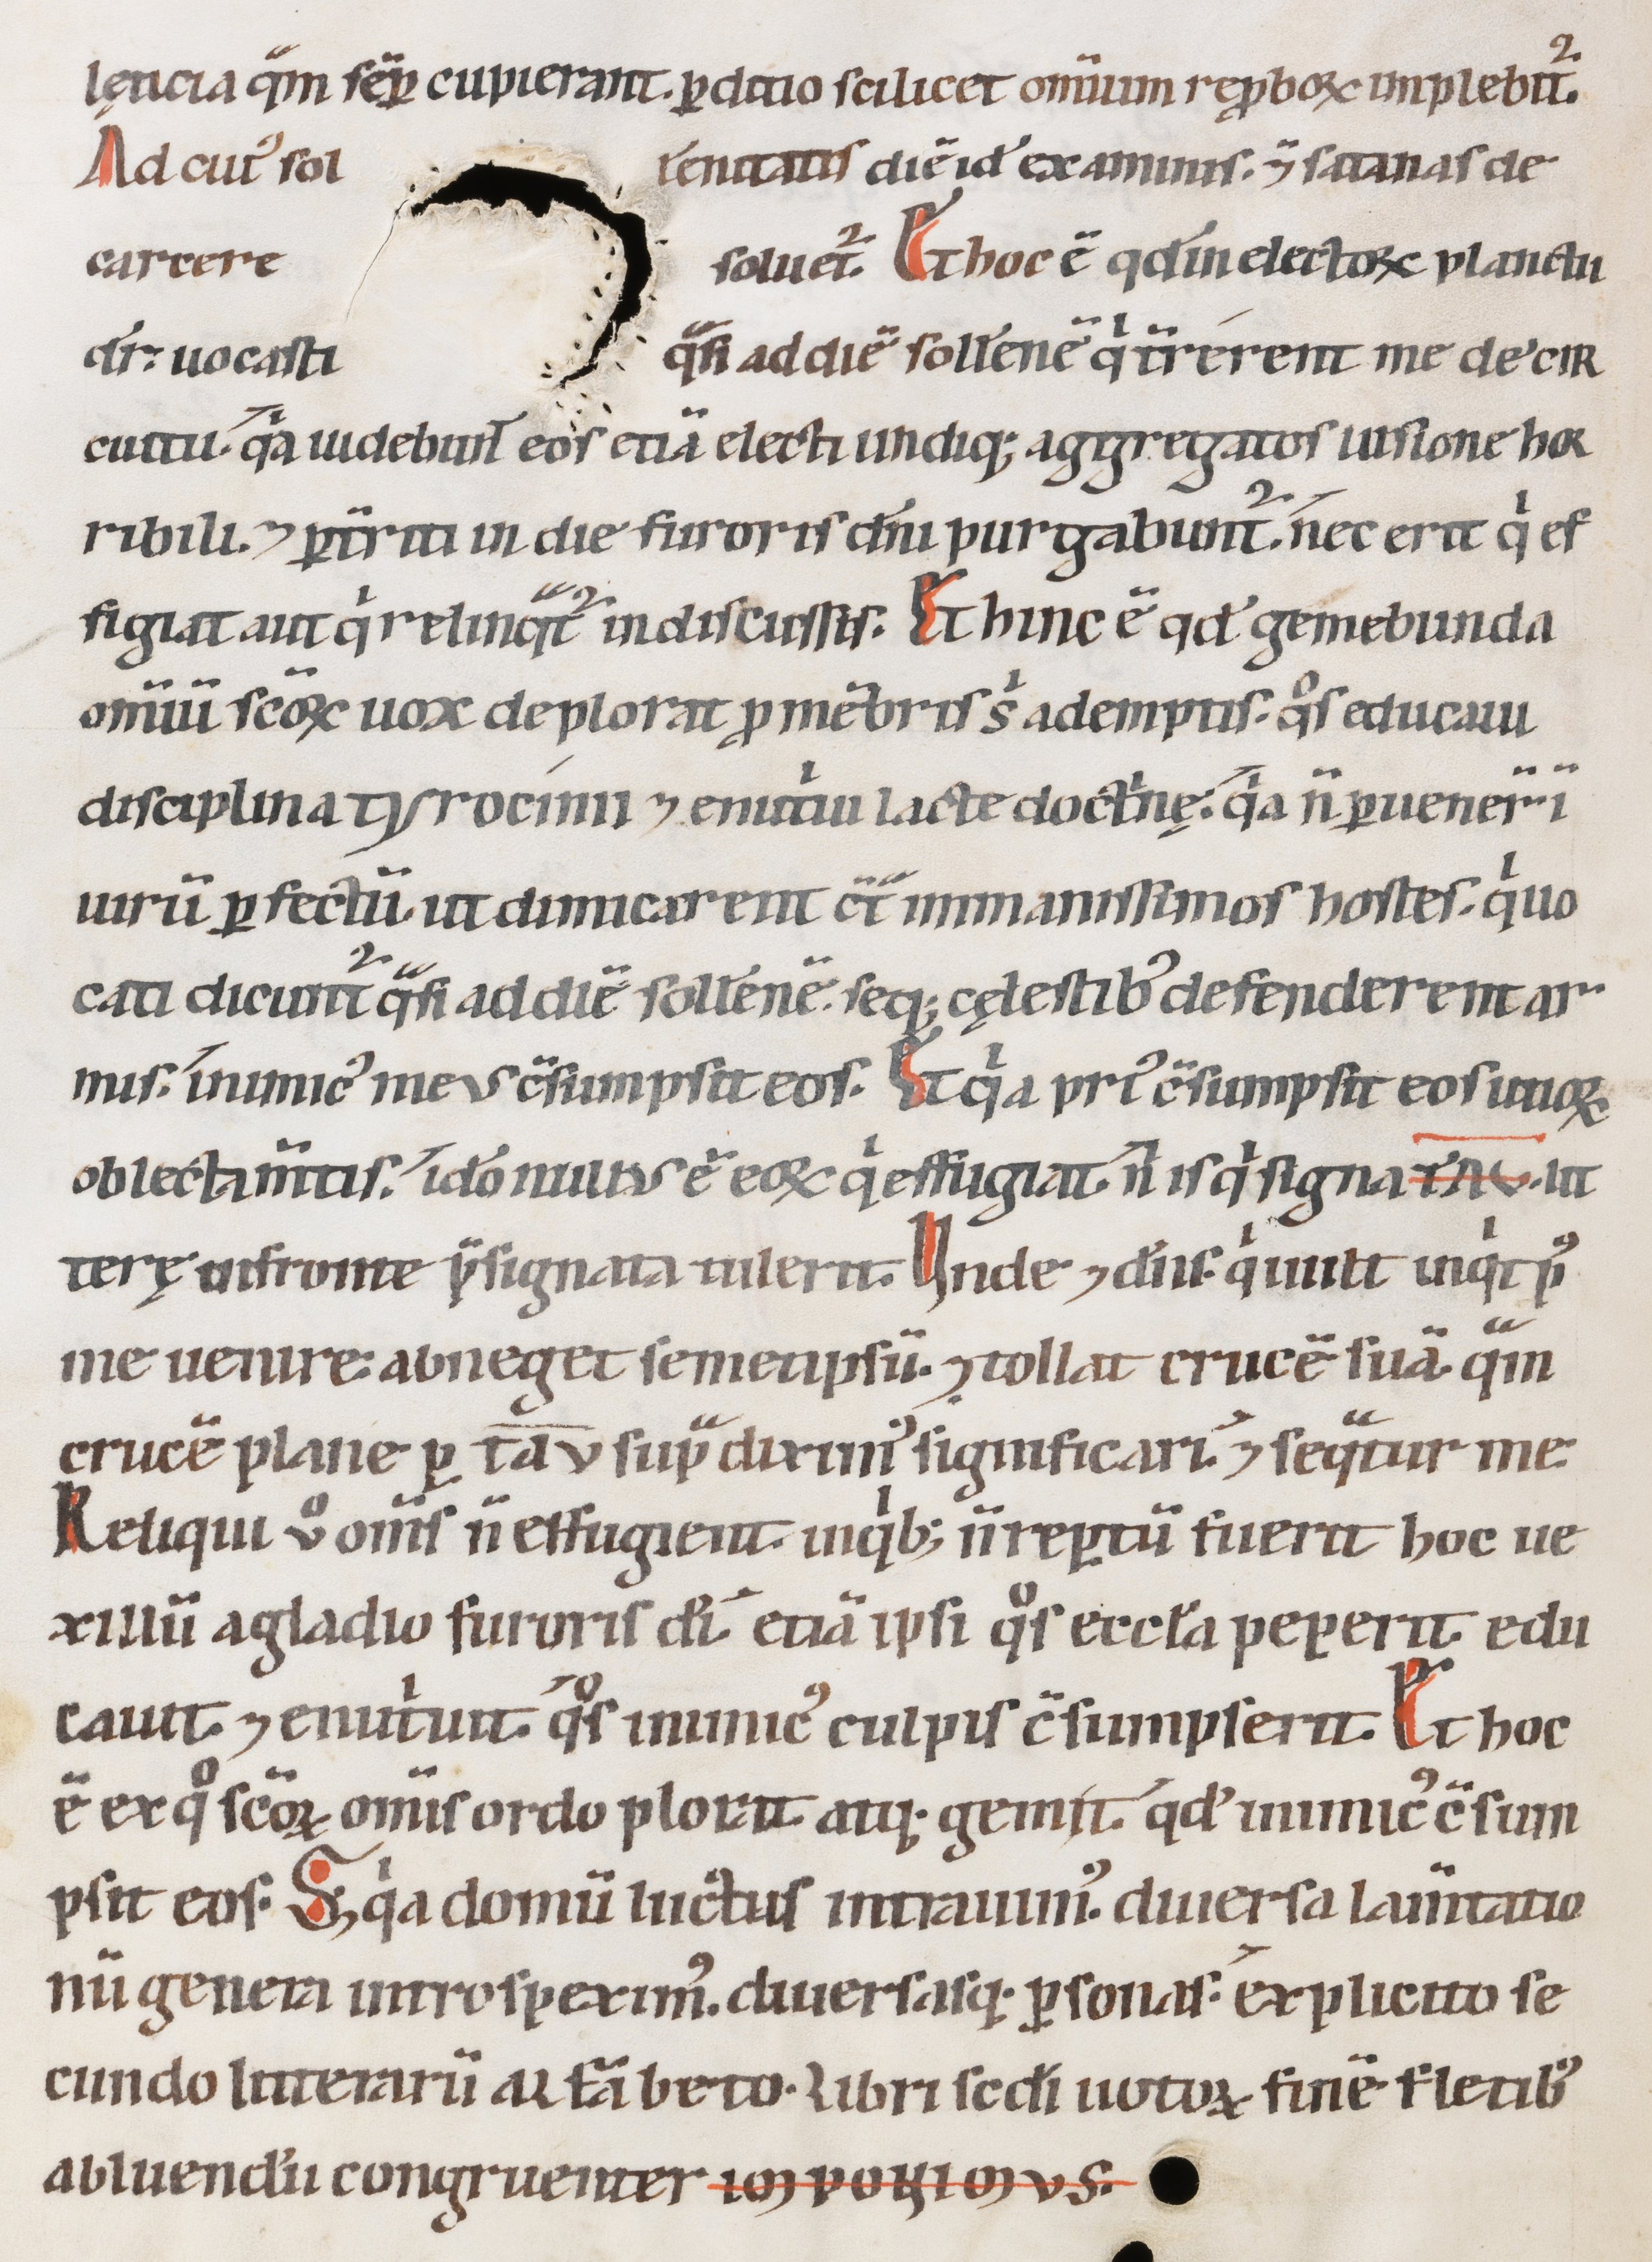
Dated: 1147–1178